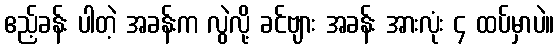
ဧည့်ခန်း ပါတဲ့ အခန်းက လွဲလို့ ခင်ဗျား အခန်း အားလုံး ၄ ထပ်မှာပဲ။